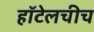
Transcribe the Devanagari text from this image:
हॉटेलचीच